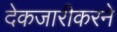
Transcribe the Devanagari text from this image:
देकजारीकरने